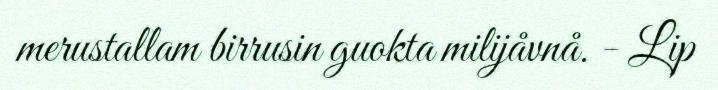
merustallam birrusin guokta milijåvnå. - Lip